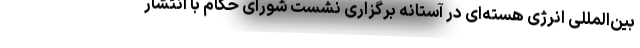
بین‌المللی انرژی هسته‌ای در آستانه برگزاری نشست شورای حکام با انتشار